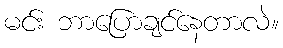
မင်း ဘာပြောချင်နေတာလဲ။